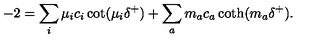
- 2 = \sum _ { i } \mu _ { i } c _ { i } \cot ( \mu _ { i } \delta ^ { + } ) + \sum _ { a } m _ { a } c _ { a } \coth ( m _ { a } \delta ^ { + } ) .